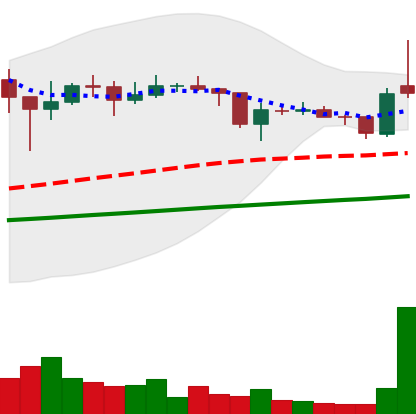
Ticker: XLM-USD
Chart end date: 2021-01-29
Forward return: 16.112%
Label: up_7plus